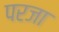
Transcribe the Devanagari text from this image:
परजा